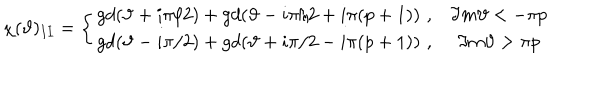
\chi ( \vartheta ) _ { I I } = \left\{ \begin{array} { c c } { { g d ( \vartheta + i \pi / 2 ) + g d ( \vartheta - i \pi / 2 + i \pi ( p + 1 ) ) \, \, , } } & { { \Im m \vartheta < - \pi p } } \\ { { g d ( \vartheta - i \pi / 2 ) + g d ( \vartheta + i \pi / 2 - i \pi ( p + 1 ) ) \, \, , } } & { { \Im m \vartheta > \pi p } } \\ \end{array} \right.